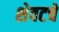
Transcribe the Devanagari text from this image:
शेवटचें